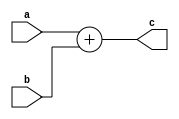
module adder (
    input wire [31:0] a,
    input wire [31:0] b,
    output wire [31:0] c
);
    assign c = a + b;
endmodule